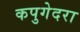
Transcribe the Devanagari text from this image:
कपुगेदरा